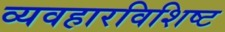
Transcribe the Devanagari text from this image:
व्यवहारविशिष्ट